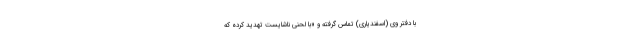
با دفتر وی (اسفندیاری) تماس گرفته و «با لحنی ناشایست تهدید کرده که